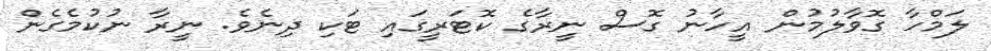
ލަމްހާ ގޮވާލުމުން އީހާނު ގޮސް ނީރާގެ ކޮޓަރީގައި ޓަކި ދިނެވެ. ނީރާ ނުކުމެގެން